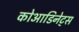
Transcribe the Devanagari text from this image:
कोआडिनेट्स